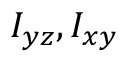
I _ { y z } , I _ { x y }